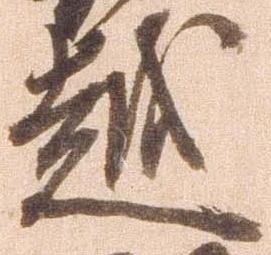
越